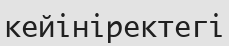
кейініректегі